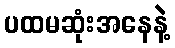
ပထမဆုံးအနေနဲ့